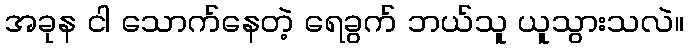
အခုန ငါ သောက်နေတဲ့ ရေခွက် ဘယ်သူ ယူသွားသလဲ။